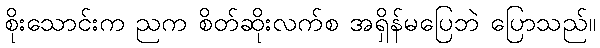
စိုးသောင်းက ညက စိတ်ဆိုးလက်စ အရှိန်မပြေဘဲ ပြောသည်။